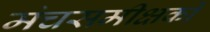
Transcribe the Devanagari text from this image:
मंचसमीक्षकों